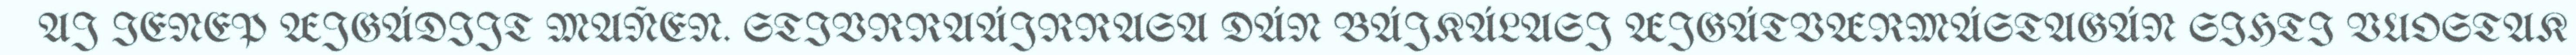
AJ IENEP ÆJGÁDIJT MAÑEN. STIVRRAÁJRRASA DÁN BÁJKÁLASJ ÆJGÁTVÆRMÁSTAGÁN SIHTI VUOSTAK